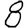
Digit: 8